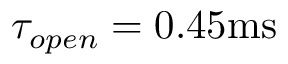
\tau _ { o p e n } = 0 . 4 5 \mathrm { m s }